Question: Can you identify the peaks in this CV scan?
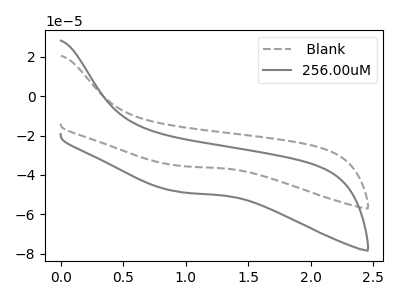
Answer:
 <answer>The gray dashed curve " Blank" has no peaks. The gray curve "256.00uM" has no peaks.</answer>
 <eval></eval>